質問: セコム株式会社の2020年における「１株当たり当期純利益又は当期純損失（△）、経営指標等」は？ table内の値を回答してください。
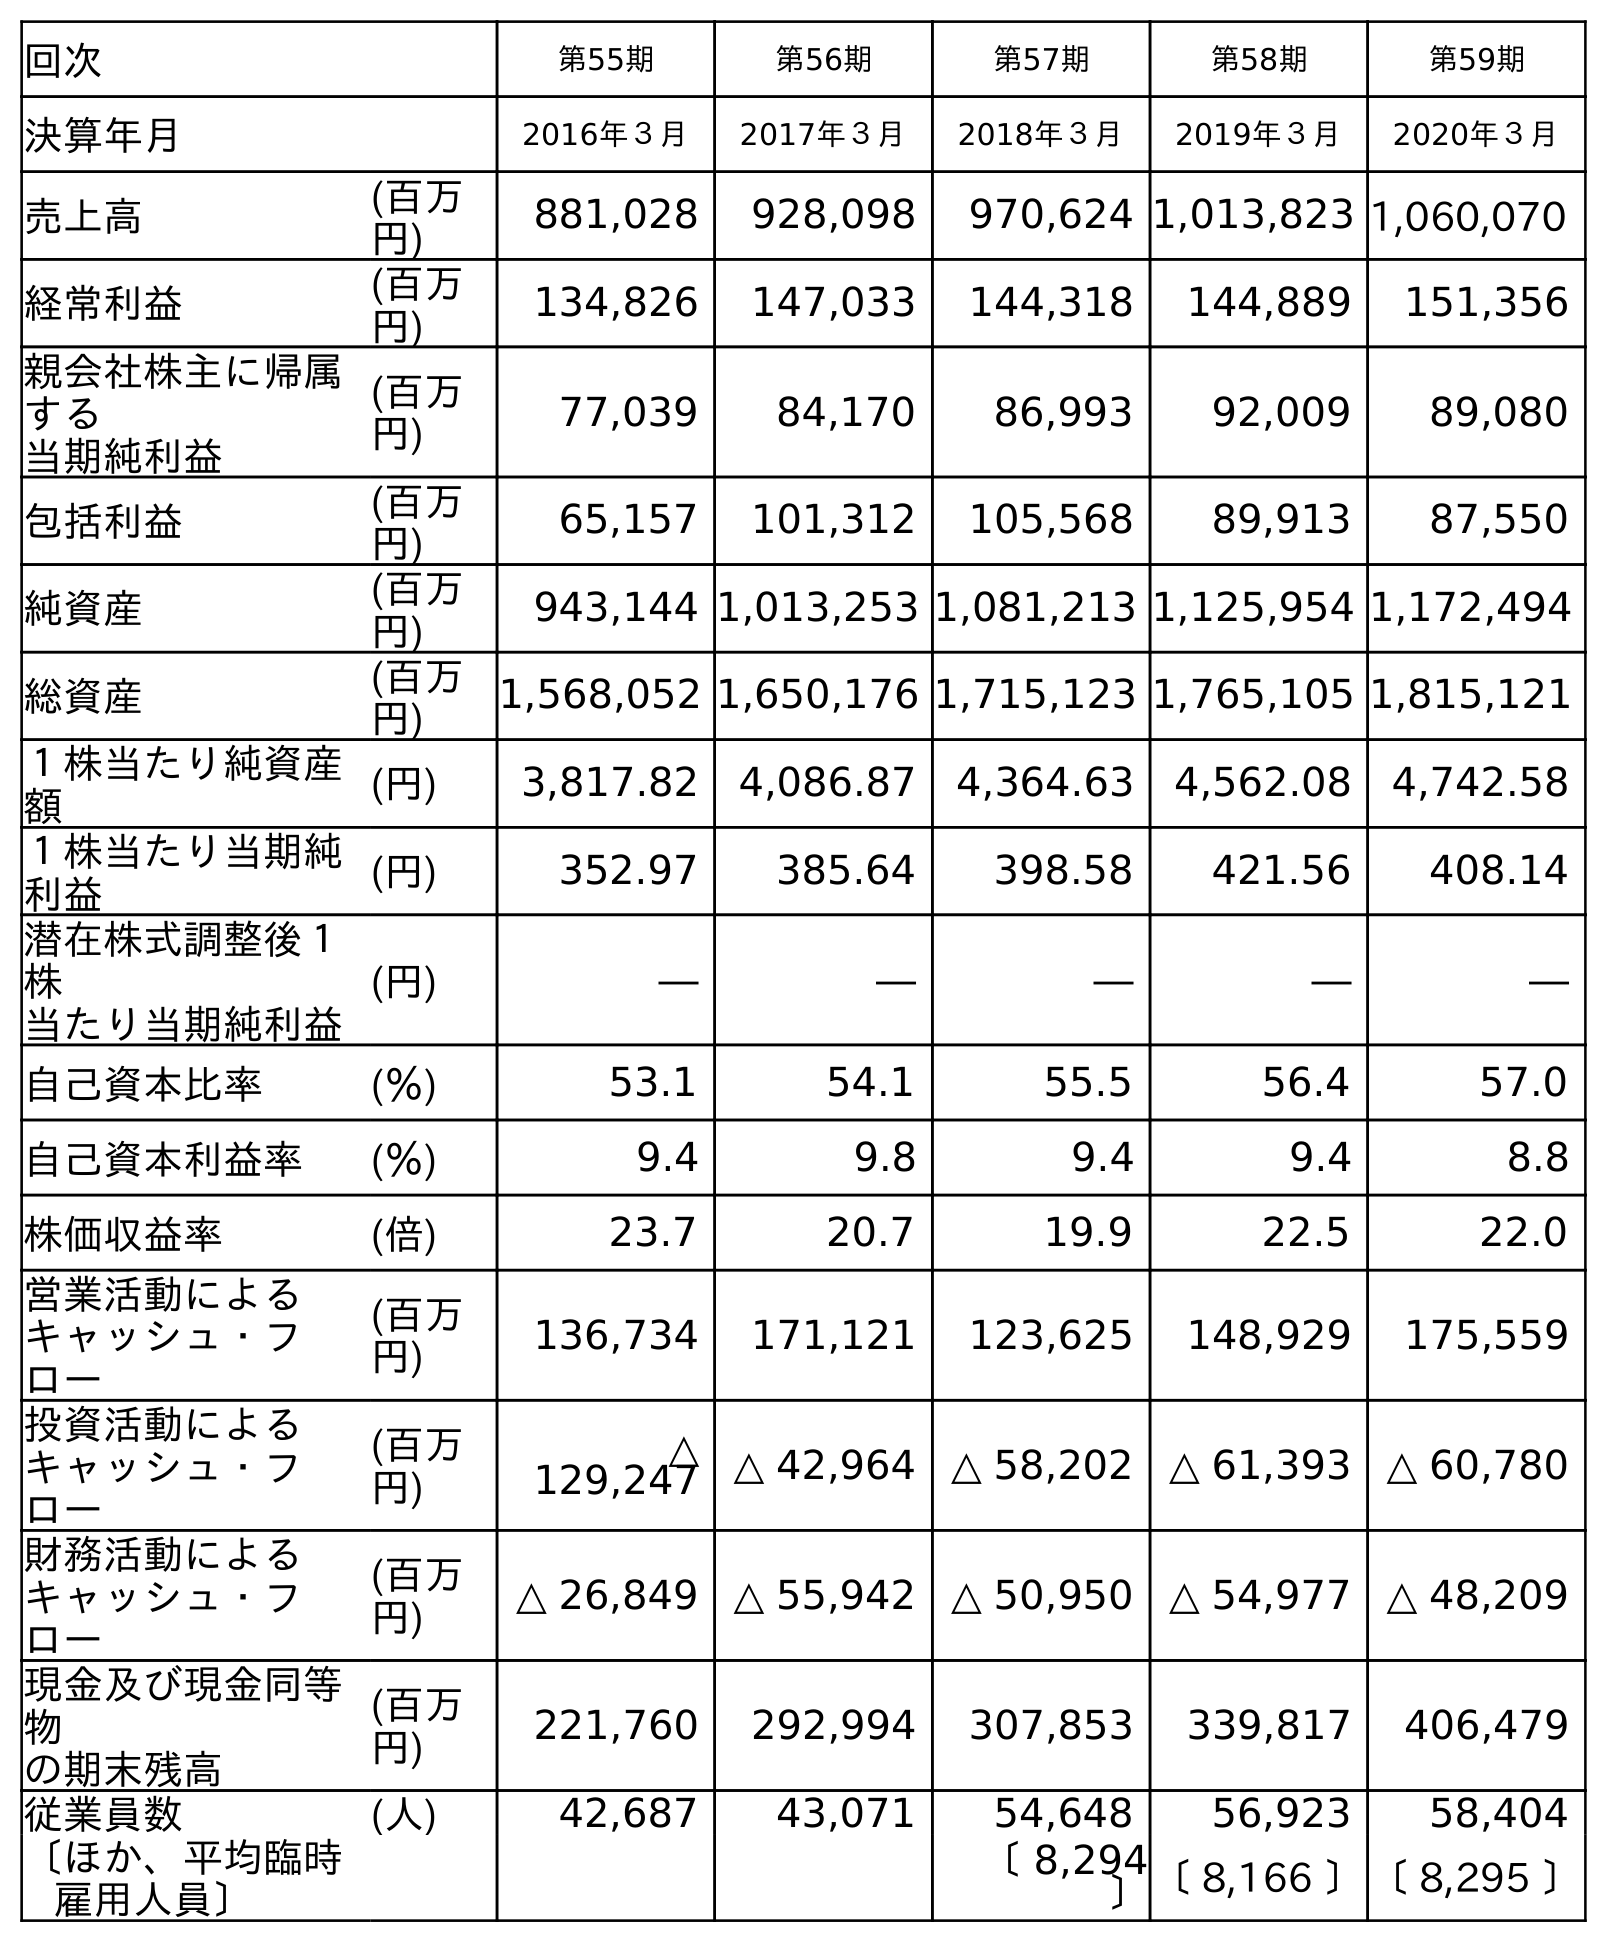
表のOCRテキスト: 回次 第55期 第56期 第57期 第58期 第59期 決算年月 2016年３月 2017年３月 2018年３月 2019年３月 2020年３月 売上高 (百万 円) 881,028 928,098 970,624 1,013,823 1,060,070 経常利益 (百万 円) 134,826 147,033 144,318 144,889 151,356 親会社株主に帰属 する 当期純利益 (百万 円) 77,039 84,170 86,993 92,009 89,080 包括利益 (百万 円) 65,157 101,312 105,568 89,913 87,550 純資産 (百万 円) 943,144 1,013,253 1,081,213 1,125,954 1,172,494 総資産 (百万 円) 1,568,052 1,650,176 1,715,123 1,765,105 1,815,121 １株当たり純資産 額 (円) 3,817.82 4,086.87 4,364.63 4,562.08 4,742.58 １株当たり当期純 利益 (円) 352.97 385.64 398.58 421.56 408.14 潜在株式調整後１ 株 当たり当期純利益 (円) ― ― ― ― ― 自己資本比率 (％) 53.1 54.1 55.5 56.4 57.0 自己資本利益率 (％) 9.4 9.8 9.4 9.4 8.8 株価収益率 (倍) 23.7 20.7 19.9 22.5 22.0 営業活動による キャッシュ・フ ロー (百万 円) 136,734 171,121 123,625 148,929 175,559 投資活動による キャッシュ・フ ロー (百万 円) △ 129,247 △ 42,964 △ 58,202 △ 61,393 △ 60,780 財務活動による キャッシュ・フ ロー (百万 円) △ 26,849 △ 55,942 △ 50,950 △ 54,977 △ 48,209 現金及び現金同等 物 の期末残高 (百万 円) 221,760 292,994 307,853 339,817 406,479 従業員数 (人) 42,687 43,071 54,648 56,923 58,404 〔ほか、平均臨時 雇用人員〕 〔 8,294 〕〔 8,166 〕〔 8,295 〕
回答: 408.14